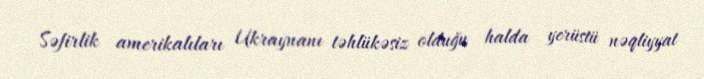
Səfirlik amerikalıları Ukraynanı təhlükəsiz olduğu halda yerüstü nəqliyyat